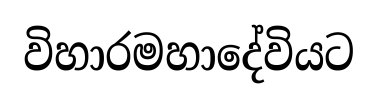
විහාරමහාදේවියට